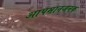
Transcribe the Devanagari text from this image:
आपमानजनक